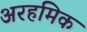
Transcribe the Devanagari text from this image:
अरहमिक